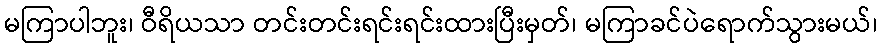
မကြာပါဘူး၊ ဝီရိယသာ တင်းတင်းရင်းရင်းထားပြီးမှတ်၊ မကြာခင်ပဲရောက်သွားမယ်၊